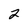
Character: 2